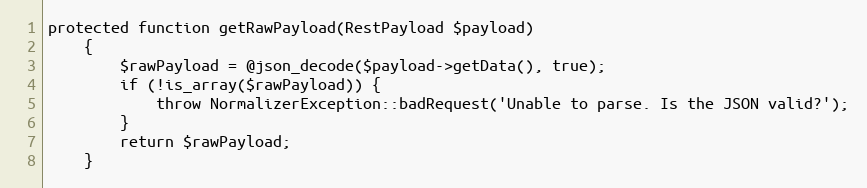
Language: PHP
protected function getRawPayload(RestPayload $payload)
    {
        $rawPayload = @json_decode($payload->getData(), true);
        if (!is_array($rawPayload)) {
            throw NormalizerException::badRequest('Unable to parse. Is the JSON valid?');
        }
        return $rawPayload;
    }